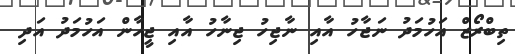
ތިބްރޯޒް އަހުމަދު ނަޖާހު އާއި ނާޖިހު ޖިނާހު އާއި ޖީހާން އަހުމަދު އަދި